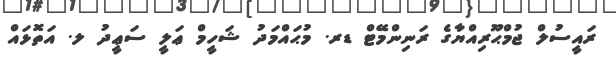
ރަަައީސުލް ޖުމްޙޫރިއްޔާގެ ރަނިންމޭޓް ޑރ. މުޙައްމަދު ޝަހީމް ޢަލީ ސަޢީދު ލ. އަތޮޅައް